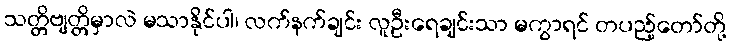
သတ္တိဗျတ္တိမှာလဲ မသာနိုင်ပါ၊ လက်နက်ချင်း လူဦးရေချင်းသာ မကွာရင် တပည့်တော်တို့